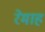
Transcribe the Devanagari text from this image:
रेमाह